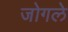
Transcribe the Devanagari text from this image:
जोगले